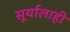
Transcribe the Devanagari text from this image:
सूर्यालाही